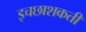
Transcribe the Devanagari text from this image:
इचछाशकती